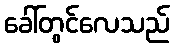
ခေါ်တွင်လေသည်